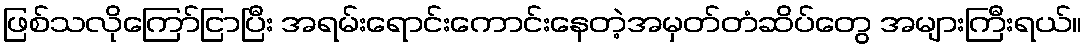
ဖြစ်သလိုကြော်ငြာပြီး အရမ်းရောင်းကောင်းနေတဲ့အမှတ်တံဆိပ်တွေ အများကြီးရယ်။